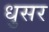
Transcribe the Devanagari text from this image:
धुसर